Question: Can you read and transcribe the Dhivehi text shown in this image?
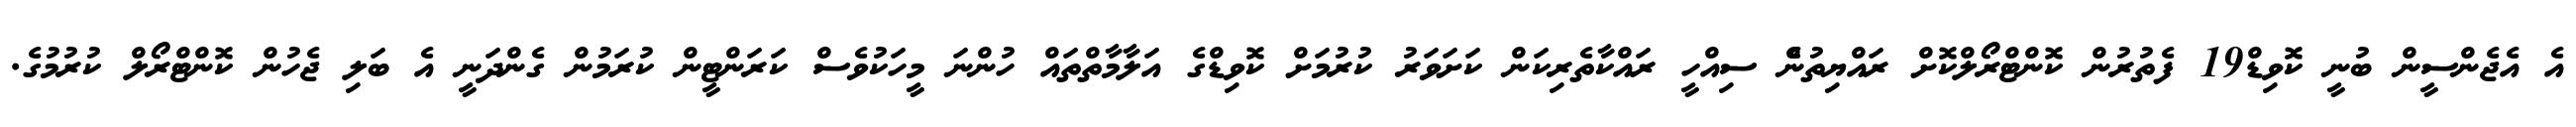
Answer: އެ އެޖެންސީން ބުނީ ކޮވިޑް19 ފެތުރުން ކޮންޓްރޯލްކޮށް ރައްޔިތުންެ ސިއްހީ ރައްކާތެރިކަން ކަށަވަރު ކުރުމަށް ކޮވިޑްގެ އަލާމާތްތައް ހުންނަ މީހަކުވެސް ކަރަންޓީން ކުރަމުން ގެންދަނީ އެ ބަލި ޖެހުން ކޮންޓްރޯލް ކުރުމުގެ.